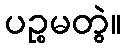
ပဉ္စမတွဲ။